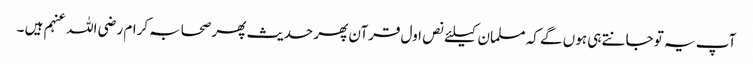
آپ یہ تو جانتے ہی ہوں گے کہ مسلمان کیلئے نص اول قرآن پھر حدیث پھر صحابہ کرام رضی اللہ عنہم ہیں ۔